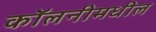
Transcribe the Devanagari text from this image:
कॉलनीमधील